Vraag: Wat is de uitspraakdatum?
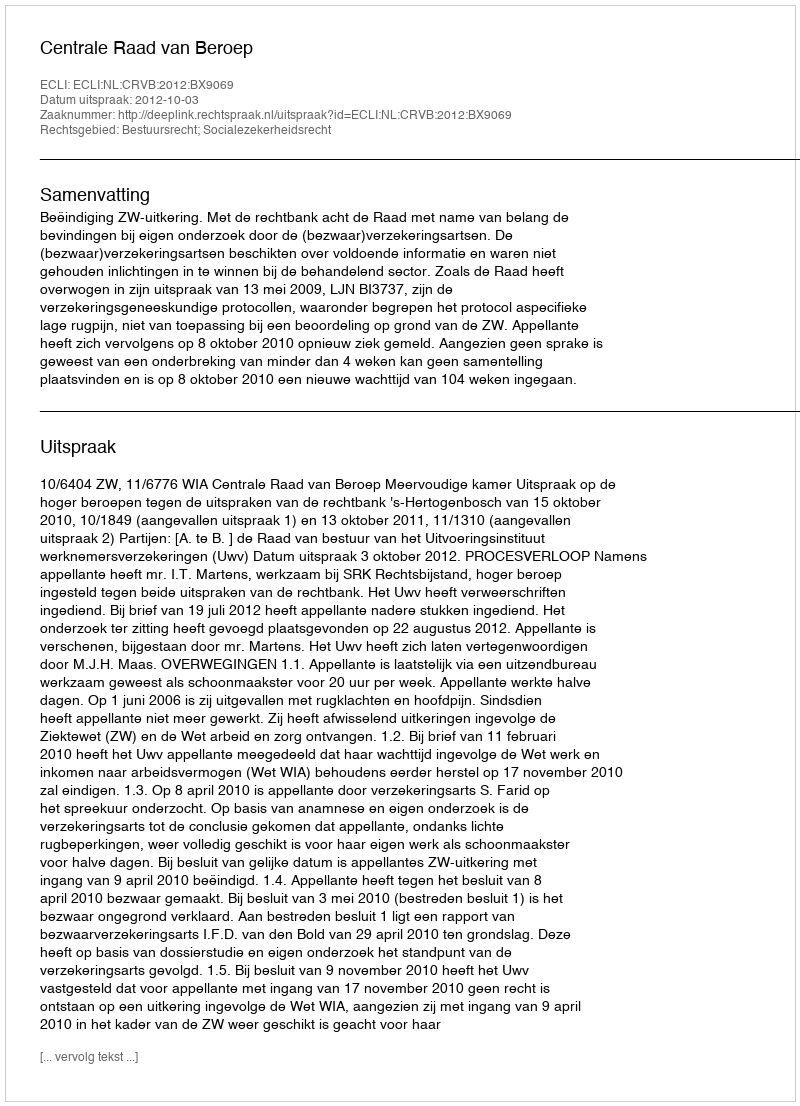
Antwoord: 2012-10-03